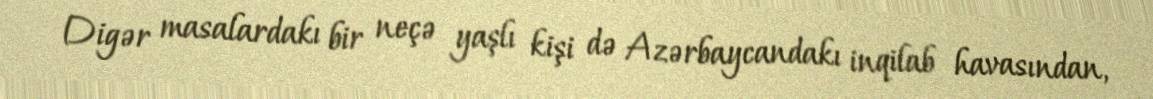
Digər masalardakı bir neçə yaşlı kişi də Azərbaycandakı inqilab havasından,